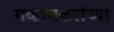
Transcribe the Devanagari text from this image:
गव्हाणकरांच्या